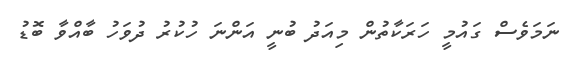
ނަމަވެސް ގައުމީ ހަރަކާތުން މިއަދު ބުނީ އަންނަ ހުކުރު ދުވަހު ބާއްވާ ބޮޑު